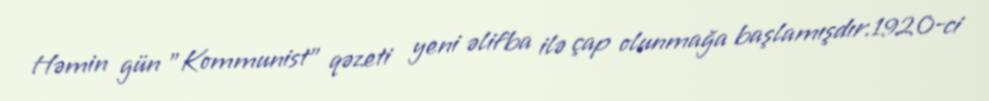
Həmin gün "Kommunist" qəzeti yeni əlifba ilə çap olunmağa başlamışdır.1920-ci